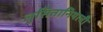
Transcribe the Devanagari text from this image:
लुसितानियाची